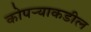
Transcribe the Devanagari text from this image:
कोपऱ्याकडील